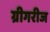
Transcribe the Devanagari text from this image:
ग्रीगरीज